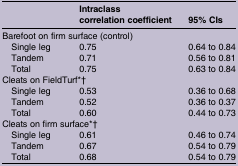
<table><thead><tr><td></td><td><b>Intraclass correlation coefficient</b></td><td><b>95% CIs</b></td></tr></thead><tbody><tr><td colspan="3">Barefoot on firm surface (control)</td></tr><tr><td> Single leg</td><td>0.75</td><td>0.64 to 0.84</td></tr><tr><td> Tandem</td><td>0.71</td><td>0.56 to 0.81</td></tr><tr><td> Total</td><td>0.75</td><td>0.63 to 0.84</td></tr><tr><td colspan="3">Cleats on FieldTurf*†</td></tr><tr><td> Single leg</td><td>0.53</td><td>0.36 to 0.68</td></tr><tr><td> Tandem</td><td>0.52</td><td>0.36 to 0.37</td></tr><tr><td> Total</td><td>0.60</td><td>0.44 to 0.73</td></tr><tr><td colspan="3">Cleats on firm surface*†</td></tr><tr><td> Single leg</td><td>0.61</td><td>0.46 to 0.74</td></tr><tr><td> Tandem</td><td>0.67</td><td>0.54 to 0.79</td></tr><tr><td> Total</td><td>0.68</td><td>0.54 to 0.79</td></tr></tbody></table>